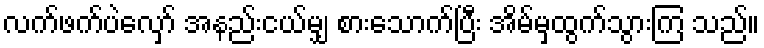
လက်ဖက်ပဲလှော် အနည်းငယ်မျှ စားသောက်ပြီး အိမ်မှထွက်သွားကြ သည်။